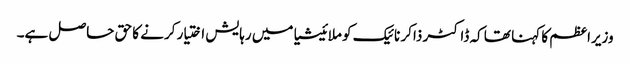
وزیراعظم کا کہنا تھا کہ ڈاکٹر ذاکر نائیک کو ملائیشیا میں رہایش اختیار کرنے کا حق حاصل ہے۔